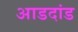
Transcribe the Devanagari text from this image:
आडदांड